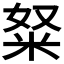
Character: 𱸺